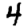
Digit: 4